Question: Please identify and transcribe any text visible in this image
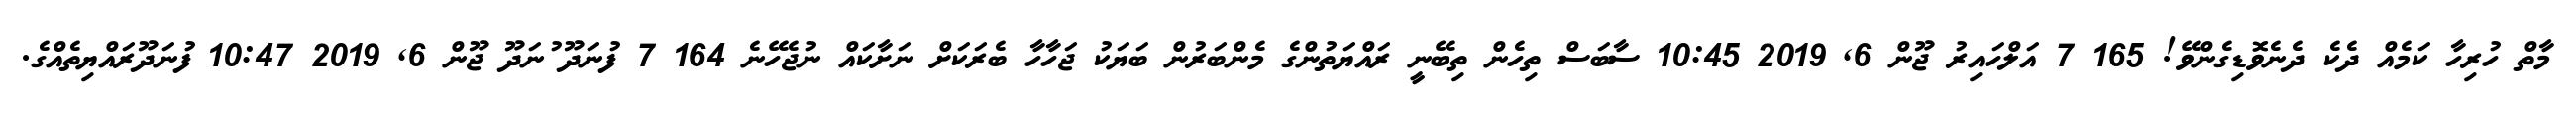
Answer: މާތް ހުރިހާ ކަމެއް ދެކެ ދެނެވޮޑިގެންވޭ! 165 7 އަލްހައިރު ޖޫން 6, 2019 10:45 ސާބަސް ތިހެން ތިބޭނީ ރައްޔަތުންގެ މެންބަރުން ބަޔަކު ޖަހާހާ ބެރަކަށް ނަށާކައް ނުޖެހޭނެ 164 7 ފުނަދޫ ުނަދޫ ޖޫން 6, 2019 10:47 ފުނަދޫރައްޔިތެއްގެ.